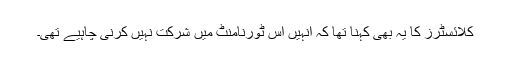
کلائسٹرز کا یہ بھی کہنا تھا کہ انہیں اس ٹورنامنٹ میں شرکت نہیں کرنی چاہیے تھی۔